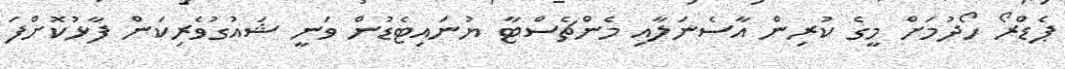
ޕެޑްރޯ ހޯދުމަށް މީގެ ކުރިން އާސެނަލާއި މެންޗެސްޓާ ޔުނައިޓެޑުން ވަނީ ޝައުގުވެރިކަން ފާޅުކޮށްފަ